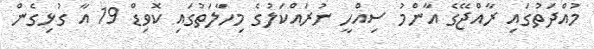
މުއްދަތުގައި ރާއްޖޭގެ އާންމު ސިއްހީ ނުރައްކަލުގެ މިހާލަތުގައި ކޮވިޑް 19 އާ ގުޅިގެން